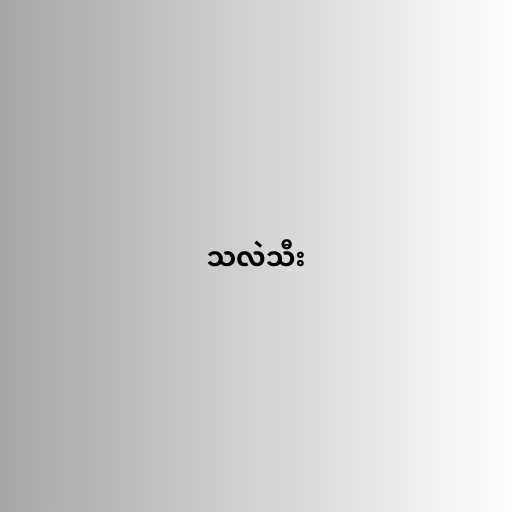
သလဲသီး